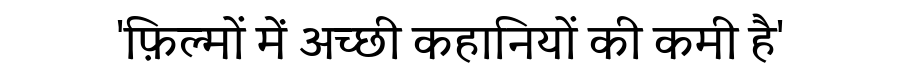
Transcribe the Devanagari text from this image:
'फ़िल्मों में अच्छी कहानियों की कमी है'